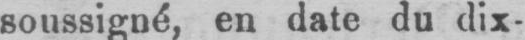
soussigné, en date du dix-